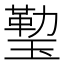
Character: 𤨙